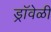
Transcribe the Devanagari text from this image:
ड्रॉवेळी